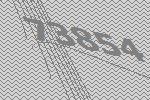
73854